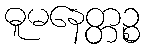
ဓူမနေတ္တဉ္စ